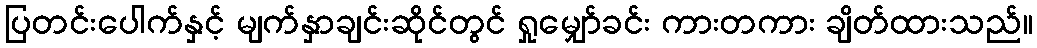
ပြတင်းပေါက်နှင့် မျက်နှာချင်းဆိုင်တွင် ရှုမျှော်ခင်း ကားတကား ချိတ်ထားသည်။